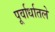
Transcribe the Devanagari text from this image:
पूर्वार्धातले